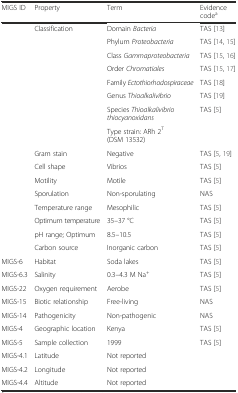
<table><thead><tr><td><b>MIGS ID</b></td><td><b>Property</b></td><td><b>Term</b></td><td><b>Evidence code<sup>a</sup></b></td></tr></thead><tbody><tr><td></td><td>Classification</td><td>Domain <i>Bacteria</i></td><td>TAS [13]</td></tr><tr><td></td><td></td><td>Phylum <i>Proteobacteria</i></td><td>TAS [14, 15]</td></tr><tr><td></td><td></td><td>Class <i>Gammaproteobacteria</i></td><td>TAS [15, 16]</td></tr><tr><td></td><td></td><td>Order <i>Chromatiales</i></td><td>TAS [15, 17]</td></tr><tr><td></td><td></td><td>Family <i>Ectothiorhodospiraceae</i></td><td>TAS [18]</td></tr><tr><td></td><td></td><td>Genus <i>Thioalkalivibrio</i></td><td>TAS [19]</td></tr><tr><td></td><td></td><td>Species <i>Thioalkalivibrio thiocyanoxidans</i></td><td>TAS [5]</td></tr><tr><td></td><td></td><td>Type strain: ARh 2<sup>T</sup> (DSM 13532)</td><td></td></tr><tr><td></td><td>Gram stain</td><td>Negative</td><td>TAS [5, 19]</td></tr><tr><td></td><td>Cell shape</td><td>Vibrios</td><td>TAS [5]</td></tr><tr><td></td><td>Motility</td><td>Motile</td><td>TAS [5]</td></tr><tr><td></td><td>Sporulation</td><td>Non-sporulating</td><td>NAS</td></tr><tr><td></td><td>Temperature range</td><td>Mesophilic</td><td>TAS [5]</td></tr><tr><td></td><td>Optimum temperature</td><td>35–37 °C</td><td>TAS [5]</td></tr><tr><td></td><td>pH range; Optimum</td><td>8.5–10.5</td><td>TAS [5]</td></tr><tr><td></td><td>Carbon source</td><td>Inorganic carbon</td><td>TAS [5]</td></tr><tr><td>MIGS-6</td><td>Habitat</td><td>Soda lakes</td><td>TAS [5]</td></tr><tr><td>MIGS-6.3</td><td>Salinity</td><td>0.3–4.3 M Na<sup>+</sup></td><td>TAS [5]</td></tr><tr><td>MIGS-22</td><td>Oxygen requirement</td><td>Aerobe</td><td>TAS [5]</td></tr><tr><td>MIGS-15</td><td>Biotic relationship</td><td>Free-living</td><td>NAS</td></tr><tr><td>MIGS-14</td><td>Pathogenicity</td><td>Non-pathogenic</td><td>NAS</td></tr><tr><td>MIGS-4</td><td>Geographic location</td><td>Kenya</td><td>TAS [5]</td></tr><tr><td>MIGS-5</td><td>Sample collection</td><td>1999</td><td>TAS [5]</td></tr><tr><td>MIGS-4.1</td><td>Latitude</td><td>Not reported</td><td></td></tr><tr><td>MIGS-4.2</td><td>Longitude</td><td>Not reported</td><td></td></tr><tr><td>MIGS-4.4</td><td>Altitude</td><td>Not reported</td><td></td></tr></tbody></table>